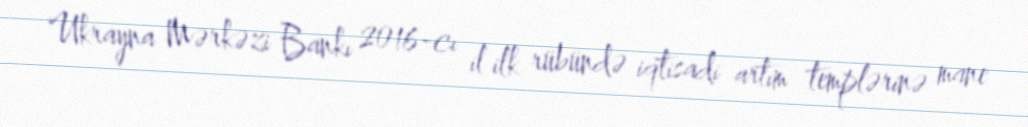
Ukrayna Mərkəzi Bankı 2016-cı il ilk rübündə iqtisadi artım templərinə mane